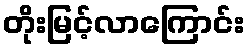
တိုးမြင့်လာကြောင်း